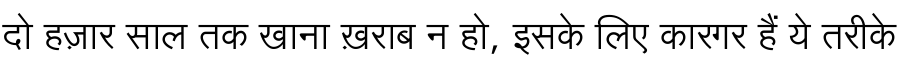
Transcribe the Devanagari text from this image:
दो हज़ार साल तक खाना ख़राब न हो, इसके लिए कारगर हैं ये तरीके